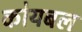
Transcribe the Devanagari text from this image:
कोयबल